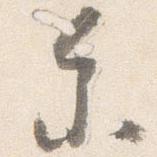
参